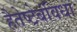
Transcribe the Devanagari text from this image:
हैतेष्टेबंविधा